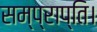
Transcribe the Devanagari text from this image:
सम्प्राप्ति।